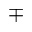
\mp